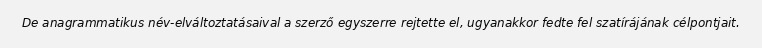
De anagrammatikus név-elváltoztatásaival a szerző egyszerre rejtette el, ugyanakkor fedte fel szatírájának célpontjait.